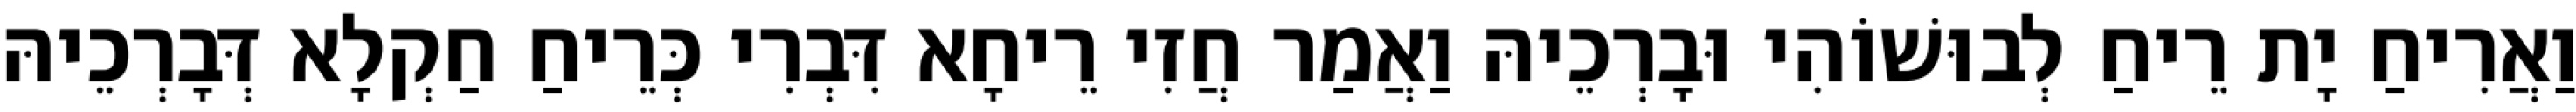
וַאֲרִיחַ יָת רֵיחַ לְבוּשׁוֹהִי וּבָרְכֵיהּ וַאֲמַר חֲזִי רֵיחָא דִּבְרִי כְּרֵיחַ חַקְלָא דְּבָרְכֵיהּ